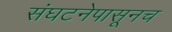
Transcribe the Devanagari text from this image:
संघटनेपासूनच